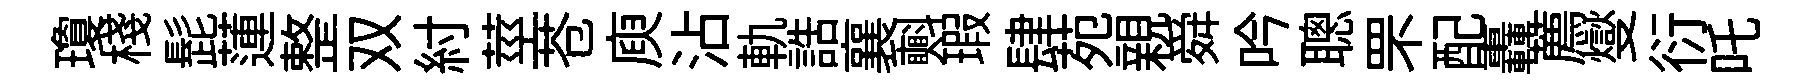
瓊棧髭蓮整双紂莖苍庾沾軌誥襄㪺瑕肆苑親舜吟聰罘配轟薦燮衍吒